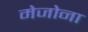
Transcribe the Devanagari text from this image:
मेजोना